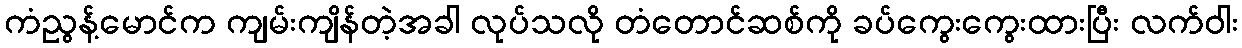
ကံညွန့်မောင်က ကျမ်းကျိန်တဲ့အခါ လုပ်သလို တံတောင်ဆစ်ကို ခပ်ကွေးကွေးထားပြီး လက်ဝါး